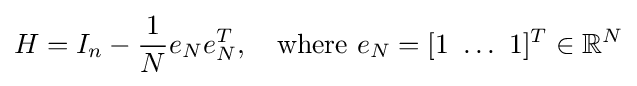
H=I_{n}-{\frac {1}{N}}e_{N}e_{N}^{T},\quad {\text{where }}e_{N}=[1\ \dots \ 1]^{T}\in \mathbb {R} ^{N}